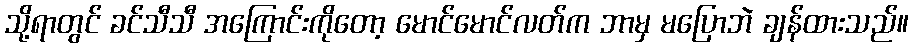
သို့ရာတွင် ခင်သီသီ အကြောင်းကိုတော့ မောင်မောင်လတ်က ဘာမှ မပြောဘဲ ချန်ထားသည်။